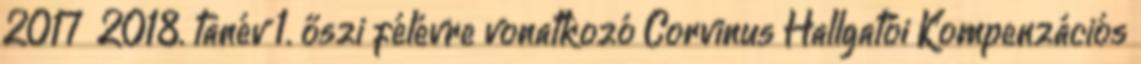
2017 2018. tanév 1. őszi félévre vonatkozó Corvinus Hallgatói Kompenzációs